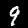
Digit: 9